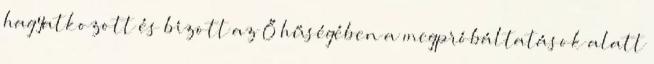
hagyatkozott és bízott az Ő hűségében a megpróbáltatások alatt